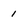
Character: 1